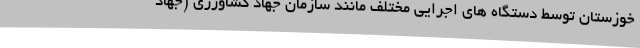
خوزستان توسط دستگاه های اجرایی مختلف مانند سازمان جهاد کشاورزی (جهاد